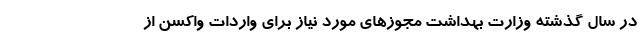
در سال گذشته وزارت بهداشت مجوز‌های مورد نیاز برای واردات واکسن از